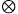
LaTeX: _{\otimes}